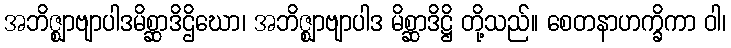
အဘိဇ္ဈာဗျာပါဒမိစ္ဆာဒိဌိဃော၊ အဘိဇ္ဈာဗျာပါဒ မိစ္ဆာဒိဋ္ဌိ တို့သည်။ စေတနာဟက္ခိကာ ဝါ၊